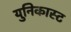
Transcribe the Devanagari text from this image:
युनिकास्ट